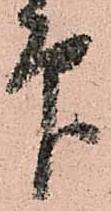
印